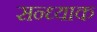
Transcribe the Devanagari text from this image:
सन्ध्याक